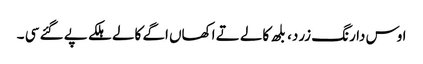
اوس دا رنگ زرد، بلھ کالے تے اکھاں اگے کالے ہلکے پے گئے سی ۔